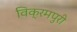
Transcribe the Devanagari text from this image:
विक्रमपुरी